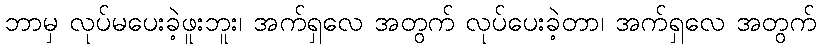
ဘာမှ လုပ်မပေးခဲ့ဖူးဘူး၊ အက်ရှလေ အတွက် လုပ်ပေးခဲ့တာ၊ အက်ရှလေ အတွက်